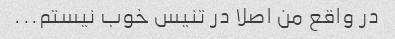
در واقع من اصلا در تنیس خوب نیستم...